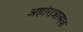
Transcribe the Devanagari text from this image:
अहोरात्रात्मक